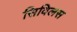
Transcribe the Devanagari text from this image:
सिविलस